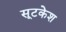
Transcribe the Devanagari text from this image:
सूटकेश